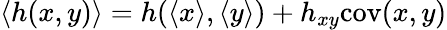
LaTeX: \langle h(x,y)\rangle=h(\langle x\rangle,\langle y\rangle)+h_{xy}\mathrm{cov}(x,y)